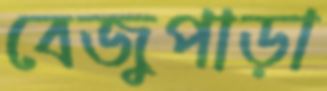
বেজুপাড়া